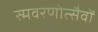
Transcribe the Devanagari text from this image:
स्मवरणोत्सैवों